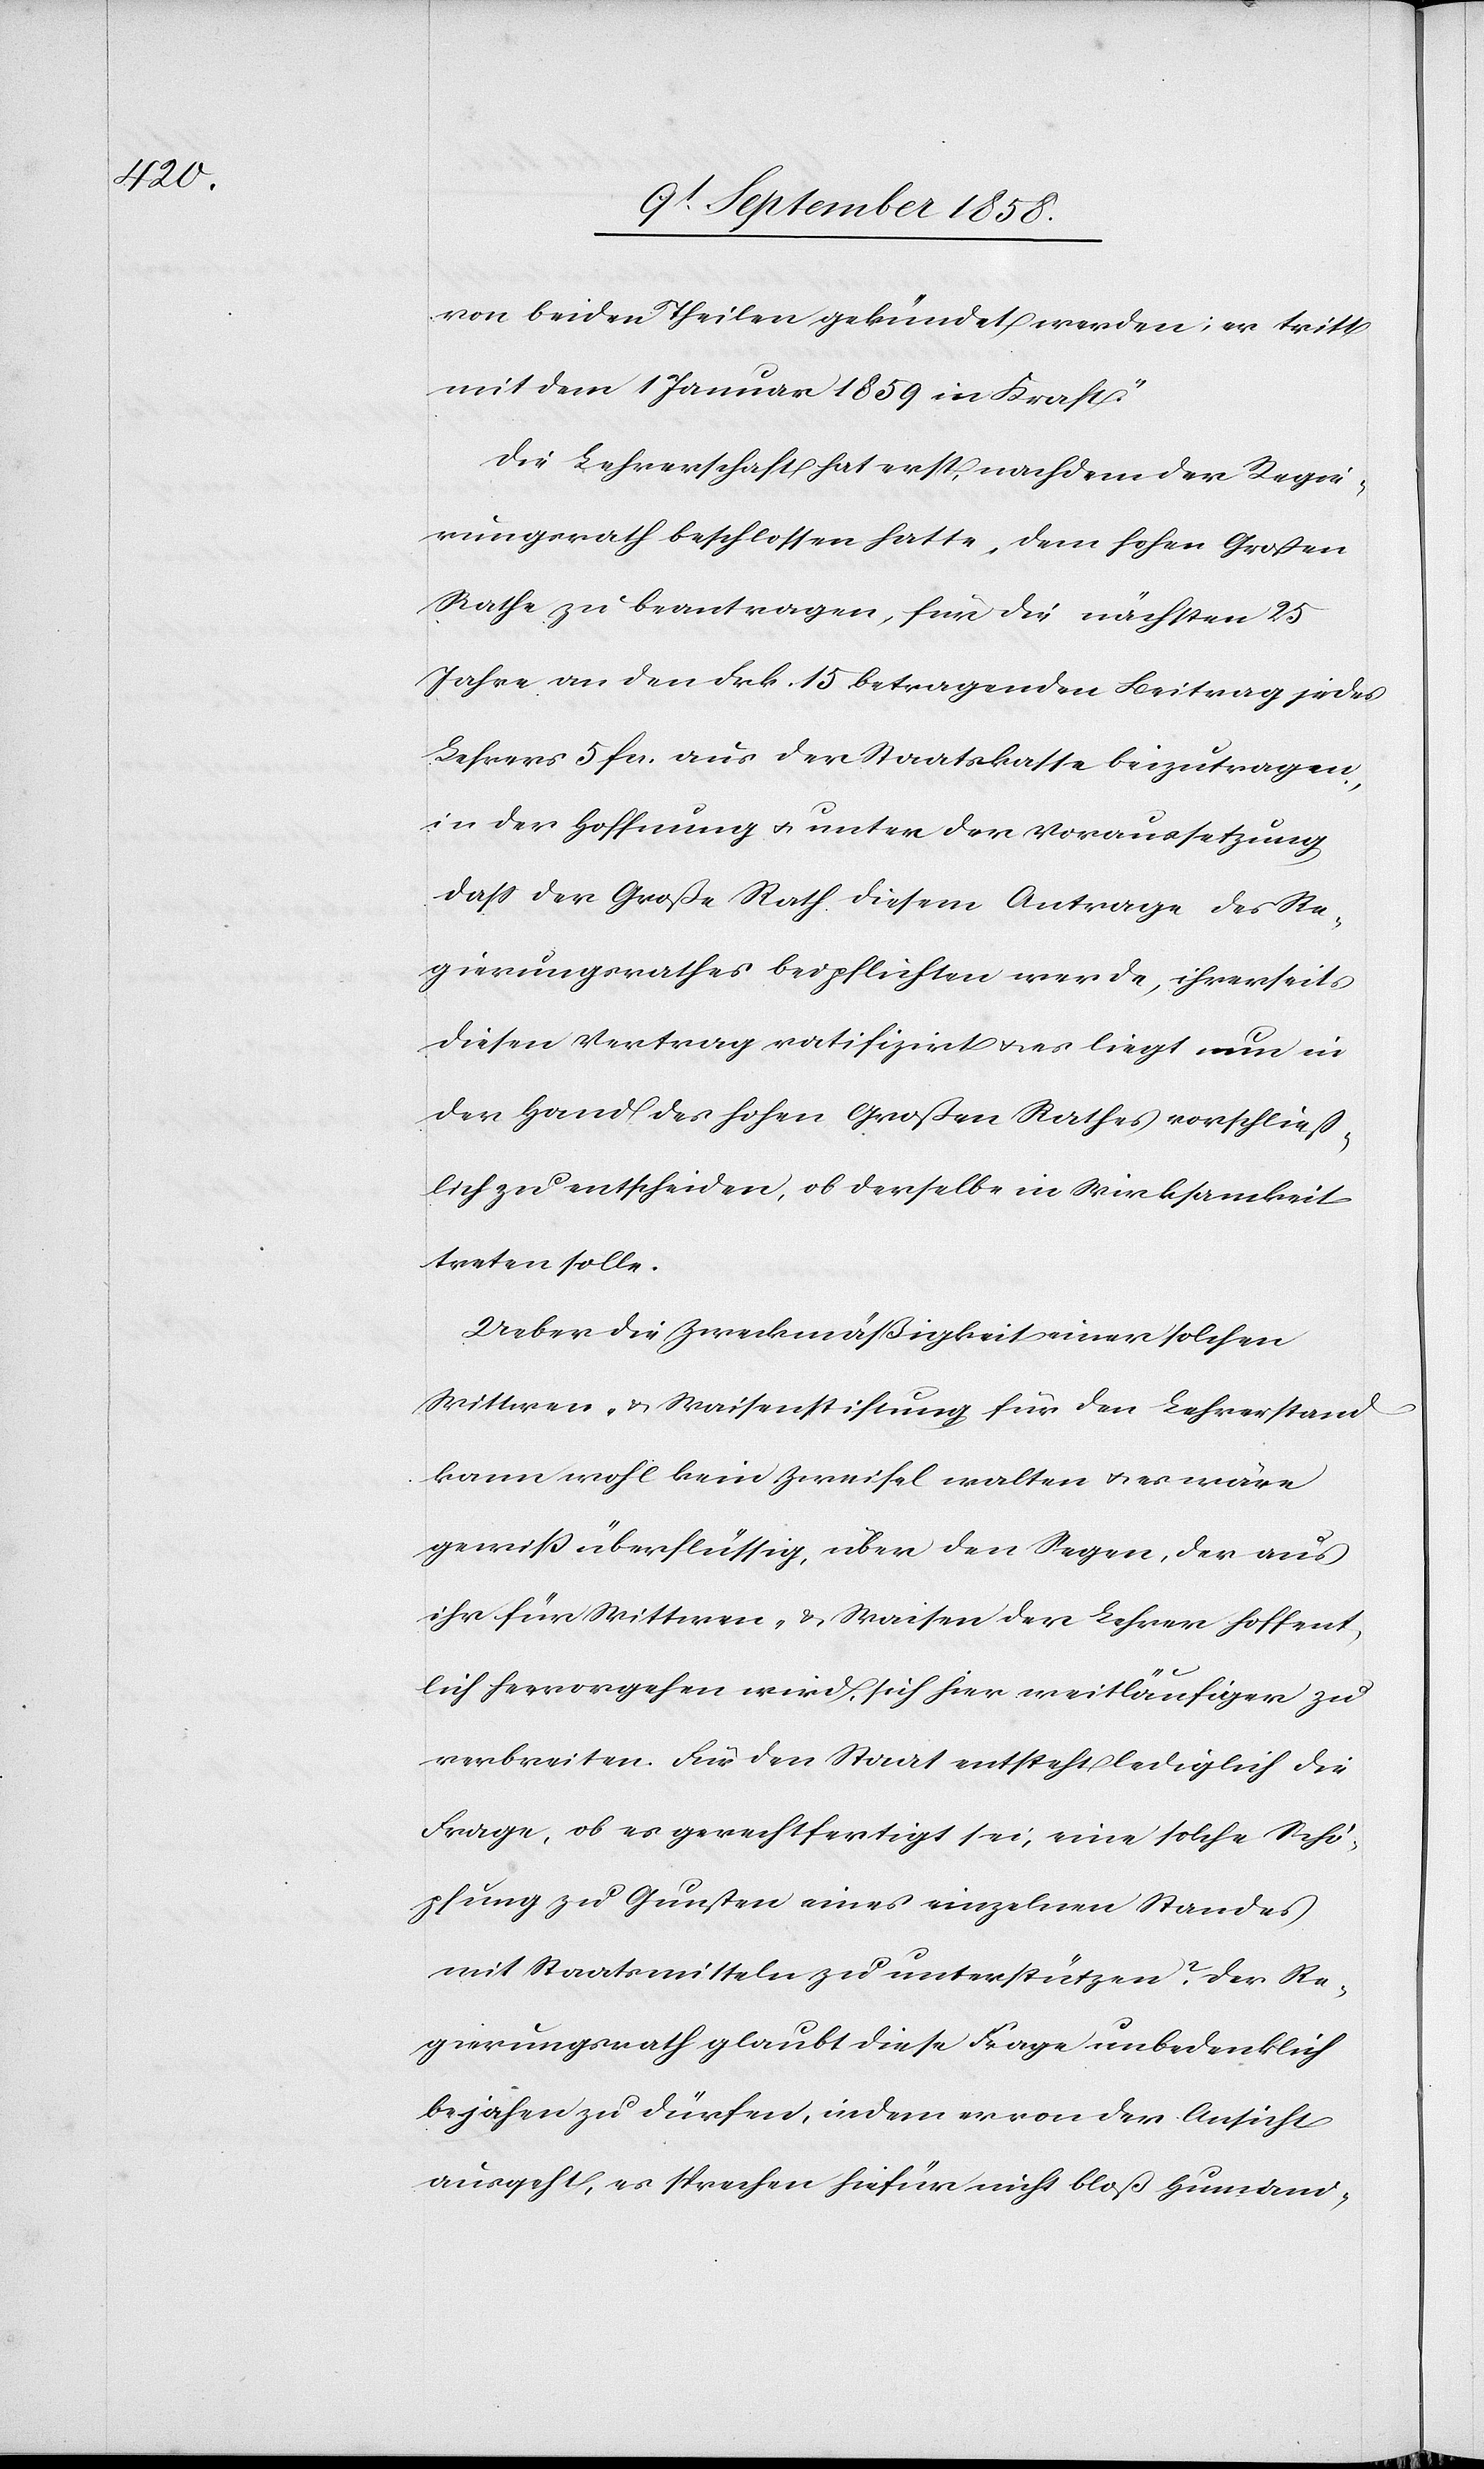
von beiden Theilen gekündet werden; er tritt
mit dem 1 Januar 1859 in Kraft.“
Die Lehrerschaft hat erst, nachdem der Regie¬
rungsrath beschlossen hatte, dem hohen Großen
Rathe zu beantragen, für die nächsten 25
Jahre an den Frk. 15 betragenden Beitrag jedes
Lehrers 5 fcs. aus der Staatskasse beizutragen,
in der Hoffnung & unter der Voraussetzung
dass der Große Rath diesem Antrage des Re¬
gierungsrathes beipflichten werde, ihrerseits
diesen Vertrag ratifizirt & es liegt nun in
der Hand des hohen Großen Rathes vorschließ¬
lich zu entscheiden, ob derselbe in Wirksamkeit
treten solle.
Ueber die Zweckmäßigkeit einer solchen
Wittwen- & Waisenstiftung für den Lehrerstand
kann wohl kein Zweifel walten & es wäre
gewiß überflüssig, über den Segen, der aus
ihr für Wittwen- & Waisen der Lehrer hoffent¬
lich hervorgehen wird, sich hier weitläufiger zu
verbreiten. Für den Staat entsteht lediglich die
Frage, ob es gerechtfertigt sei, eine solche Schö¬
pfung zu Gunsten eines einzelnen Standes
mit Staatsmitteln zu unterstützen? Der Re¬
gierungsrath glaubt diese Frage unbedenklich
bejahen zu dürfen, indem er von der Ansicht
ausgeht, es sprechen hiefür nicht bloß Humani-